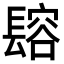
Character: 𨲟